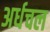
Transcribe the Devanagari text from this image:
अर्धचल